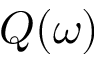
Q ( \omega )